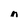
Character: n